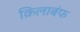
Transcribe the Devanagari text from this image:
क़िलाबंफ